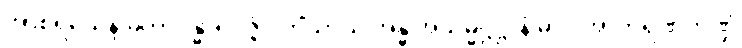
အာစရိယေန မဟာဂန္ဓာရဝိဇ္ဇံ ဝိဟိံသာယ အန္ဓ အသမ္မဋ္ဌဋ္ဌာနံ ဓာဝ အာဘရဏဘဏ္ဍံ